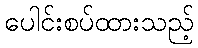
ပေါင်းစပ်ထားသည့်